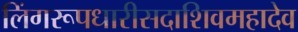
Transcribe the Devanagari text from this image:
लिंगरूपधारीसदाशिवमहादेव